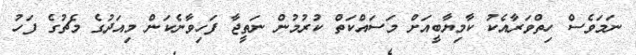
ނަމަވެސް ހިތްވަރާއެކު ކާމިޔާބީއަށް މަސައްކަތް ކުރުމުން ނަތީޖާ ފަހިވާނެކަން މިއަދުގެ މެޗުގެ ފަހު